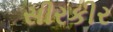
સીરકીર